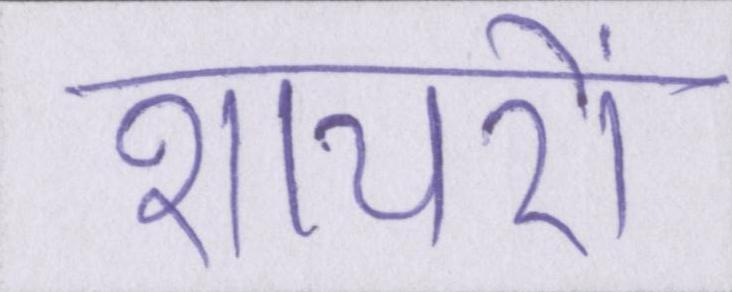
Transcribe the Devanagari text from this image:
शायरों